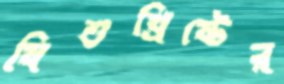
যিশুখ্রিষ্টের